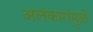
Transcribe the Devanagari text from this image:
अलंकारांमुळे